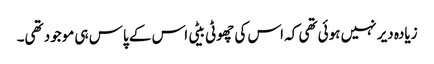
زیادہ دیر نہیں ہوئی تھی کہ اس کی چھوٹی بیٹی اس کے پاس ہی موجود تھی۔